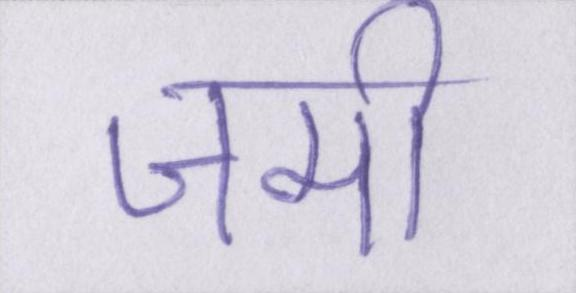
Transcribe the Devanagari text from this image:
जमी